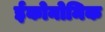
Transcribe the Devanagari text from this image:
ईकोनोमिक